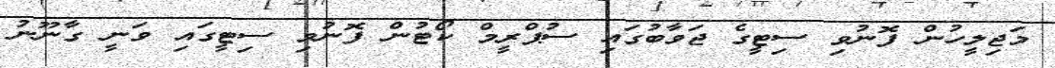
މަޖިލީހުން ފޮނުވި ސިޓީގެ ޖަވާބުގައި ސުޕްރީމް ކޯޓުން ފޮނުވި ސިޓީގައި ވަނީ ގާނޫނު